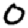
Digit: 0